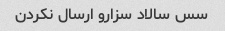
سس سالاد سزارو ارسال نکردن